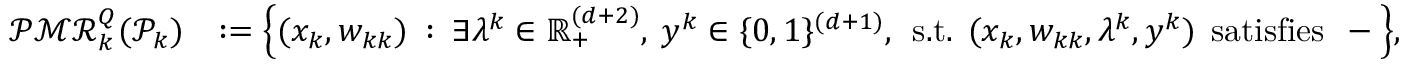
\begin{array} { r l } { \mathcal { P M R } _ { k } ^ { Q } ( \mathcal { P } _ { k } ) } & { : = \Big \{ ( x _ { k } , w _ { k k } ) \: : \: \exists \lambda ^ { k } \in \mathbb { R } _ { + } ^ { ( d + 2 ) } , \: y ^ { k } \in \{ 0 , 1 \} ^ { ( d + 1 ) } , \: \: \mathrm { s . t . } \: \: ( x _ { k } , w _ { k k } , \lambda ^ { k } , y ^ { k } ) \: \: \mathrm { s a t i s f i e s } \: \: - \Big \} , } \end{array}